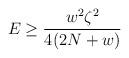
LaTeX: \begin{align*}E \geq \frac{w^2 \zeta^2}{4(2 N + w)} \end{align*}